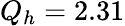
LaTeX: Q_{h}=2.31